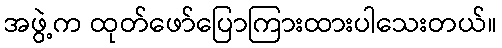
အဖွဲ့က ထုတ်ဖော်ပြောကြားထားပါသေးတယ်။